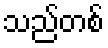
သည်တစ်